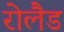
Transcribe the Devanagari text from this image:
रोलैड